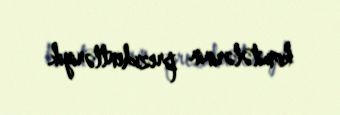
komitələrinin prezidentləriyik.